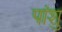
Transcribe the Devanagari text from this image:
पांशु